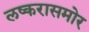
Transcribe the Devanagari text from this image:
लष्करासमोर